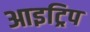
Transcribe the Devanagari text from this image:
आइट्रिप